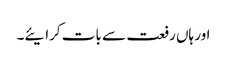
اور ہاں رفعت سے بات کرایئے۔